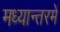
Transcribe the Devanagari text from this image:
मध्यान्तरमें